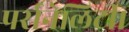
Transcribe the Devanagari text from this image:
पर्सनेलिटी।